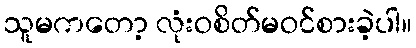
သူမကတော့ လုံးဝစိတ်မဝင်စားခဲ့ပါ။